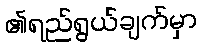
၏ရည်ရွယ်ချက်မှာ